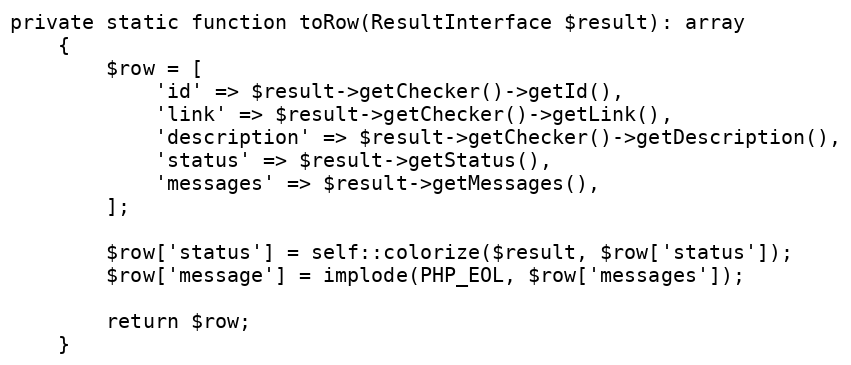
Language: PHP
private static function toRow(ResultInterface $result): array
    {
        $row = [
            'id' => $result->getChecker()->getId(),
            'link' => $result->getChecker()->getLink(),
            'description' => $result->getChecker()->getDescription(),
            'status' => $result->getStatus(),
            'messages' => $result->getMessages(),
        ];

        $row['status'] = self::colorize($result, $row['status']);
        $row['message'] = implode(PHP_EOL, $row['messages']);

        return $row;
    }